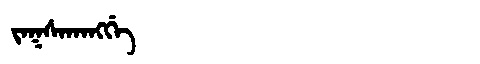
Manchu: ᠵᠠᡴᠰᠠᡴᠠᠩᡤᡝ
Romanization: JAKSAKANGGE